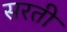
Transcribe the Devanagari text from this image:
सरती